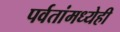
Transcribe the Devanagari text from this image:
पर्वतांमध्येही